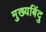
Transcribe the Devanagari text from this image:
मुख्यबिंदु